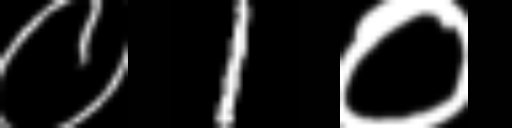
Text: ०1०